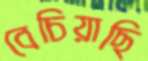
বেচিয়াছি